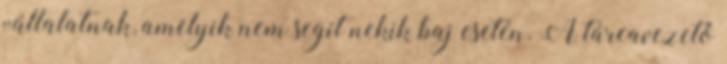
vállalatnak, amelyik nem segít nekik baj esetén. A tárcavezető